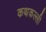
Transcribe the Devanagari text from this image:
कथकल्ली